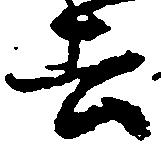
去